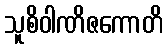
သူစိဝါဏိဇကောတိ